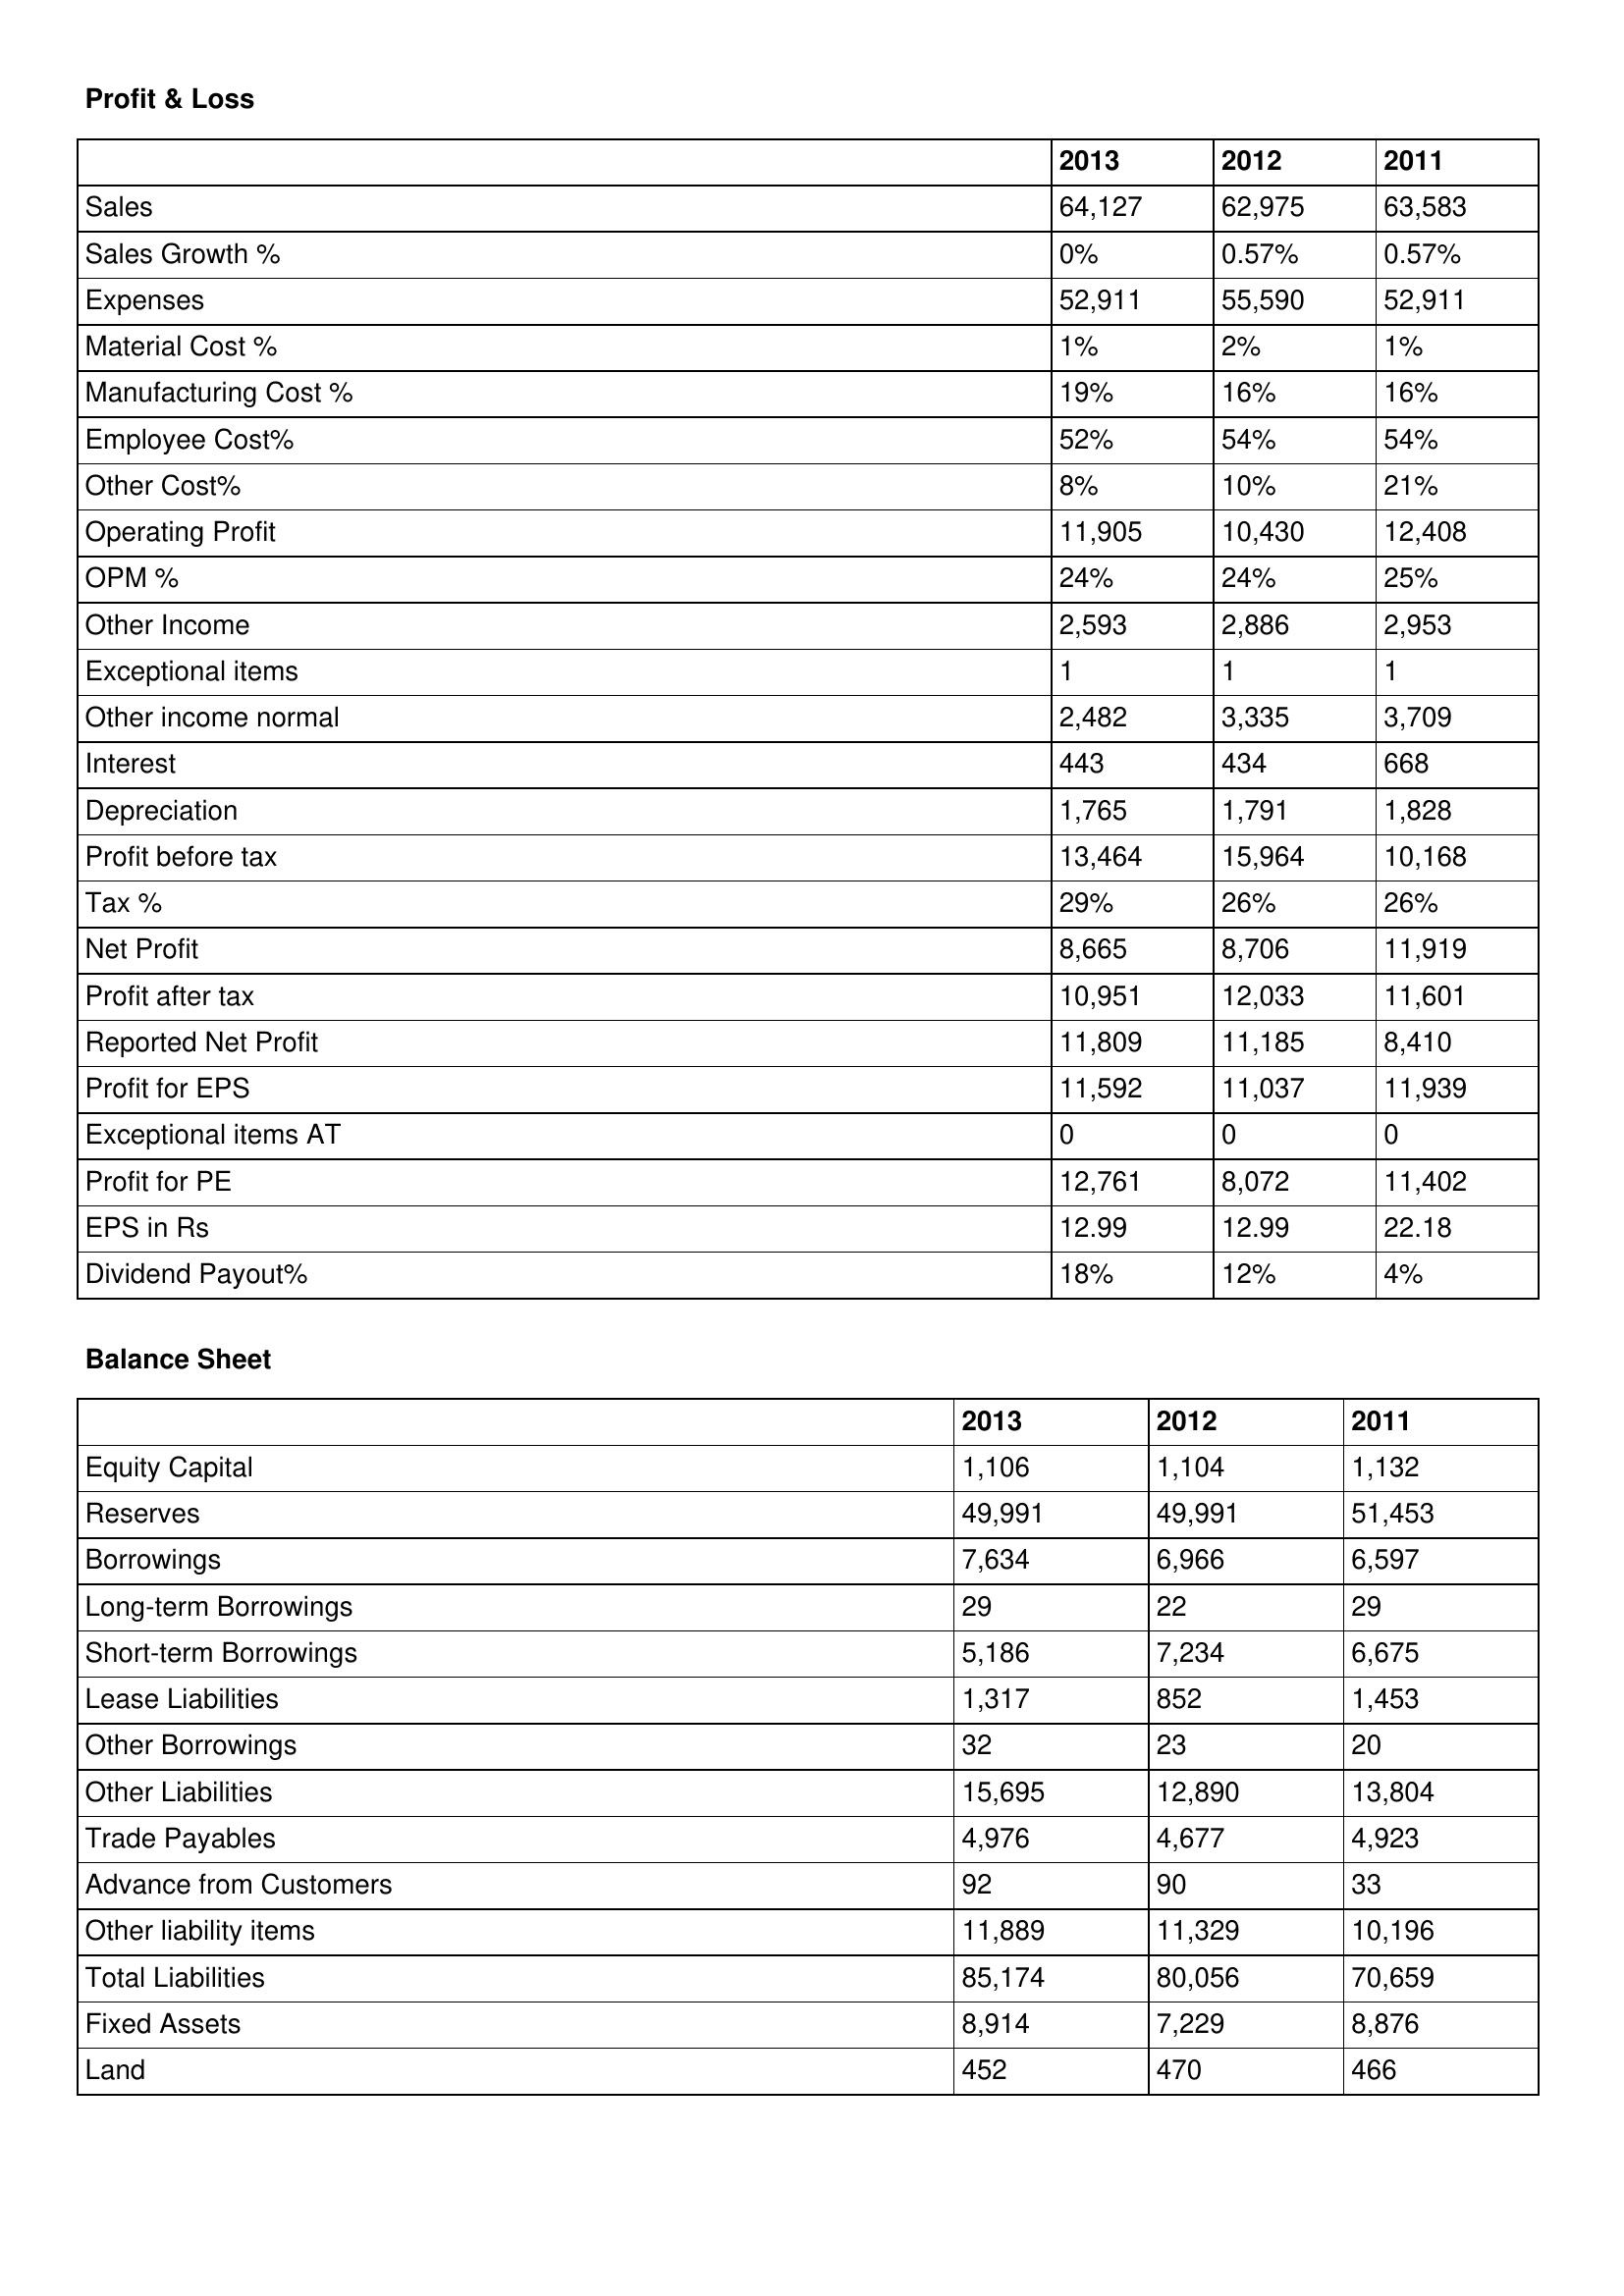
gt_parse: 2013: Profit & Loss: Sales: 64,127
Sales Growth %: 0%
Expenses: 52,911
Material Cost %: 1%
Manufacturing Cost %: 19%
Employee Cost%: 52%
Other Cost%: 8%
Operating Profit: 11,905
OPM %: 24%
Other Income: 2,593
Exceptional items: 1
Other income normal: 2,482
Interest: 443
Depreciation: 1,765
Profit before tax: 13,464
Tax %: 29%
Net Profit: 8,665
Profit after tax: 10,951
Reported Net Profit: 11,809
Profit for EPS: 11,592
Exceptional items AT: 0
Profit for PE: 12,761
EPS in Rs: 12.99
Dividend Payout%: 18%
Balance Sheet: Equity Capital: 1,106
Reserves: 49,991
Borrowings: 7,634
Long-term Borrowings: 29
Short-term Borrowings: 5,186
Lease Liabilities: 1,317
Other Borrowings: 32
Other Liabilities: 15,695
Trade Payables: 4,976
Advance from Customers: 92
Other liability items: 11,889
Total Liabilities: 85,174
Fixed Assets: 8,914
Land: 452
2012: Profit & Loss: Sales: 62,975
Sales Growth %: 0.57%
Expenses: 55,590
Material Cost %: 2%
Manufacturing Cost %: 16%
Employee Cost%: 54%
Other Cost%: 10%
Operating Profit: 10,430
OPM %: 24%
Other Income: 2,886
Exceptional items: 1
Other income normal: 3,335
Interest: 434
Depreciation: 1,791
Profit before tax: 15,964
Tax %: 26%
Net Profit: 8,706
Profit after tax: 12,033
Reported Net Profit: 11,185
Profit for EPS: 11,037
Exceptional items AT: 0
Profit for PE: 8,072
EPS in Rs: 12.99
Dividend Payout%: 12%
Balance Sheet: Equity Capital: 1,104
Reserves: 49,991
Borrowings: 6,966
Long-term Borrowings: 22
Short-term Borrowings: 7,234
Lease Liabilities: 852
Other Borrowings: 23
Other Liabilities: 12,890
Trade Payables: 4,677
Advance from Customers: 90
Other liability items: 11,329
Total Liabilities: 80,056
Fixed Assets: 7,229
Land: 470
2011: Profit & Loss: Sales: 63,583
Sales Growth %: 0.57%
Expenses: 52,911
Material Cost %: 1%
Manufacturing Cost %: 16%
Employee Cost%: 54%
Other Cost%: 21%
Operating Profit: 12,408
OPM %: 25%
Other Income: 2,953
Exceptional items: 1
Other income normal: 3,709
Interest: 668
Depreciation: 1,828
Profit before tax: 10,168
Tax %: 26%
Net Profit: 11,919
Profit after tax: 11,601
Reported Net Profit: 8,410
Profit for EPS: 11,939
Exceptional items AT: 0
Profit for PE: 11,402
EPS in Rs: 22.18
Dividend Payout%: 4%
Balance Sheet: Equity Capital: 1,132
Reserves: 51,453
Borrowings: 6,597
Long-term Borrowings: 29
Short-term Borrowings: 6,675
Lease Liabilities: 1,453
Other Borrowings: 20
Other Liabilities: 13,804
Trade Payables: 4,923
Advance from Customers: 33
Other liability items: 10,196
Total Liabilities: 70,659
Fixed Assets: 8,876
Land: 466